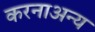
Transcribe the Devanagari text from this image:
करनाअन्य